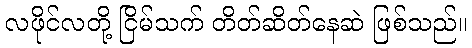
လဖိုင်လတို့ ငြိမ်သက် တိတ်ဆိတ်နေဆဲ ဖြစ်သည်။